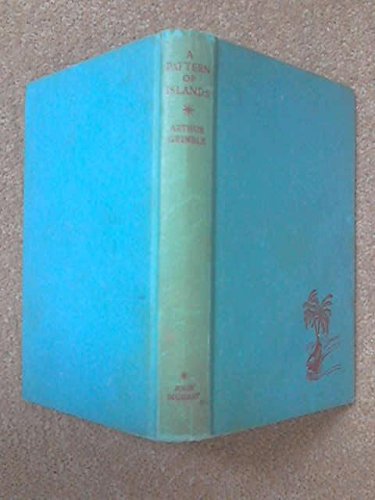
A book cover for A pattern of islands; Arthur Francis Grimble; Travel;